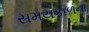
સમયકાળના